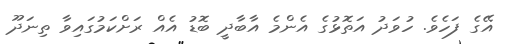
އޭގެ ފަހެވެ. ހުވަދު އަތޮޅުގެ އެންމެ އާބާދީ ބޮޑު އެއް ރަށްކަމުގައިވާ ތިނަދޫ